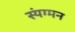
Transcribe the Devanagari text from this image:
स्यंग्मन